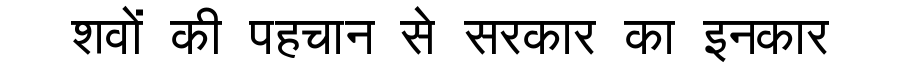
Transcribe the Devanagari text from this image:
शवों की पहचान से सरकार का इनकार